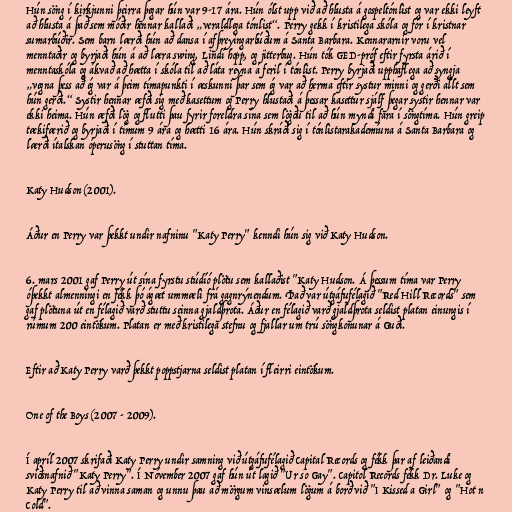
Hún söng í kirkjunni þeirra þegar hún var 9-17 ára. Hún ólst upp við að hlusta á gospeltónlist og var ekki leyft
að hlusta á það sem móðir hennar kallaði „veraldlega tónlist“. Perry gekk í kristilega skóla og fór í kristnar
sumarbúðir. Sem barn lærði hún að dansa í afþreyingarbúðum á Santa Barbara. Kennararnir voru vel
menntaðir og byrjaði hún á að læra swing, Lindí hopp, og jitterbug. Hún tók GED-próf eftir fyrsta árið í
menntaskóla og ákvað að hætta í skóla til að láta reyna á feril í tónlist. Perry byrjaði upphaflega að syngja
„vegna þess að ég var á þeim tímapunkti í æskunni þar sem ég var að herma eftir systur minni og gerði allt sem
hún gerði.“ Systir hennar æfði sig með kasettum og Perry hlustaði á þessar kasettur sjálf þegar systir hennar var
ekki heima. Hún æfði lög og flutti þau fyrir foreldra sína sem lögðu til að hún myndi fara í söngtíma. Hún greip
tækifærið og byrjaði í tímum 9 ára og hætti 16 ára. Hún skráði sig í tónlistarakademíuna á Santa Barbara og
lærði ítalskan óperusöng í stuttan tíma.

Katy Hudson (2001).

Áður en Perry var þekkt undir nafninu "Katy Perry" kenndi hún sig við Katy Hudson.

6. mars 2001 gaf Perry út sína fyrstu stúdíó plötu sem kallaðist "Katy Hudson. Á þessum tíma var Perry
óþekkt almenningi en fékk þó ágæt ummæli frá gagnrýnendum. Það var útgáfufélagið "Red Hill Records" sem
gaf plötuna út en félagið varð stuttu seinna gjaldþrota. Áður en félagið varð gjaldþrota seldist platan einungis í
rúmum 200 eintökum. Platan er með kristilega stefnu og fjallar um trú söngkonunar á Guði.

Eftir að Katy Perry varð þekkt poppstjarna seldist platan í fleirri eintökum.

One of the Boys (2007 - 2009).

Í apríl 2007 skrifaði Katy Perry undir samning við útgáfufélagið Capital Records og fékk þar af leiðandi
sviðsnafnið "Katy Perry". Í Nóvember 2007 gaf hún út lagið "Ur so Gay". Capitol Records fékk Dr. Luke og
Katy Perry til að vinna saman og unnu þau að mörgum vinsælum lögum á borð við "I Kissed a Girl" og "Hot n
Cold".